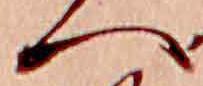
へ